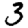
Digit: 3